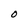
Character: O